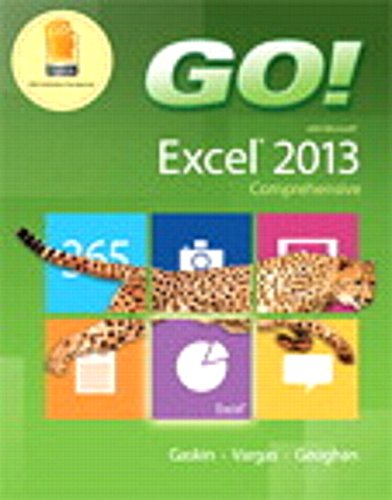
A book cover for GO! with Microsoft Excel 2013 Comprehensive & MyITLab with Pearson eText -- Access Card -- for GO! with Office 2013 Package; Shelley Gaskin; Computers & Technology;